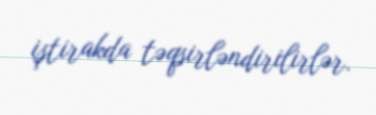
iştirakda təqsirləndirilirlər.